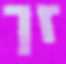
זך